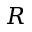
R